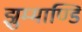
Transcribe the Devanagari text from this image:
झुम्माण्डि